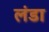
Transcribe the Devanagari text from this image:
लंडा